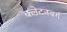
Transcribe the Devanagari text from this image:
क्लेटनबर्ग